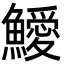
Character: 鱫